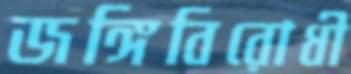
জঙ্গিবিরোধী